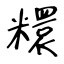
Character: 糫